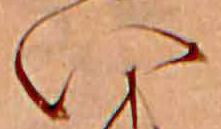
い